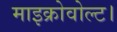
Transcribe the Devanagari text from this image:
माइक्रोवोल्ट।